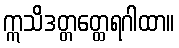
ဣသိဒတ္တတ္ထေရဂါထာ။